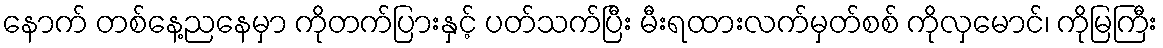
နောက် တစ်နေ့ညနေမှာ ကိုတက်ပြားနှင့် ပတ်သက်ပြီး မီးရထားလက်မှတ်စစ် ကိုလှမောင်၊ ကိုမြကြီး